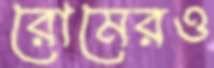
রোমেরও